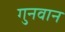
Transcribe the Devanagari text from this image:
गुनवान